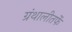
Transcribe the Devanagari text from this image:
ग्रंथालीतर्फे